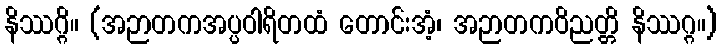
နိဿဂ္ဂိ။ (အဉာတကအပ္ပဝါရိတထံ တောင်းအံ့၊ အဉာတကဝိညတ္တိ နိဿဂ္ဂ။)